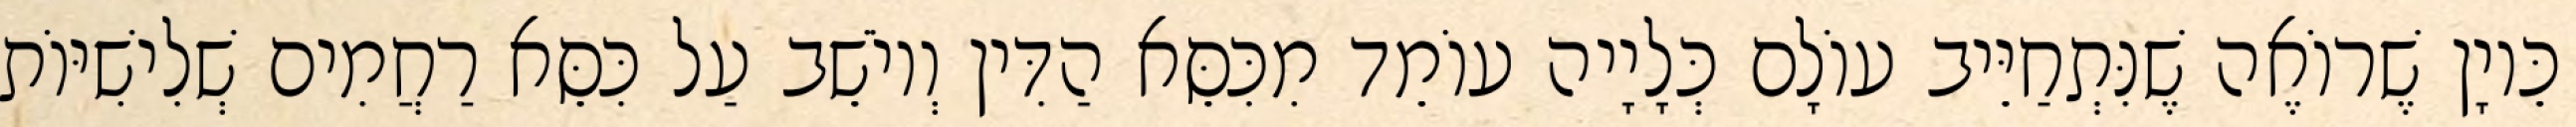
כֵּיוָן שֶׁרוֹאֶה שֶׁנִּתְחַיֵּיב עוֹלָם כְּלָיָיה עוֹמֵד מִכִּסֵּא הַדִּין וְיוֹשֵׁב עַל כִּסֵּא רַחֲמִים שְׁלִישִׁיּוֹת